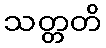
သတ္တတိ